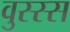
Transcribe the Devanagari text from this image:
वुस्स्स